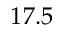
1 7 . 5